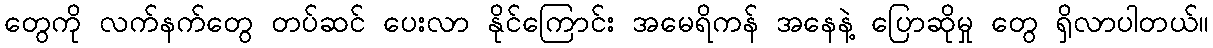
တွေကို လက်နက်တွေ တပ်ဆင် ပေးလာ နိုင်ကြောင်း အမေရိကန် အနေနဲ့ ပြောဆိုမှု တွေ ရှိလာပါတယ်။